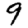
Digit: 9